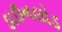
ડાઉનલોડ